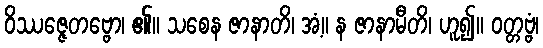
ဝိဿဇ္ဇေတဗ္ဗော၊ ၏။ သစေန ဇာနာတိ၊ အံ့။ န ဇာနာမီတိ၊ ဟူ၍။ ဝတ္တဗ္ဗံ၊